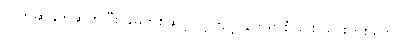
လက်ဆွဲနှုတ်ဆက်ပြီး ခုမှတစ်ဆင့် လ့ကျင့် နတ်ရွာစံခြင်း သားတစ်ကောင်